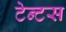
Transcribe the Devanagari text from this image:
टेन्टस